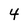
Character: 4